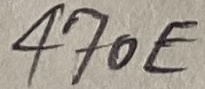
Text: 470E